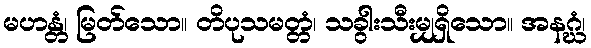
မဟန္တံ၊ မြတ်သော။ တိပုသမတ္တံ၊ သခွါးသီးမျှရှိသော။ အနဂ္ဃံ၊